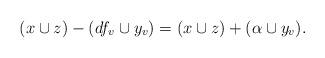
LaTeX: \begin{align*}(x \cup z) - (df_v \cup y_v) = (x \cup z) + (\alpha \cup y_v). \end{align*}